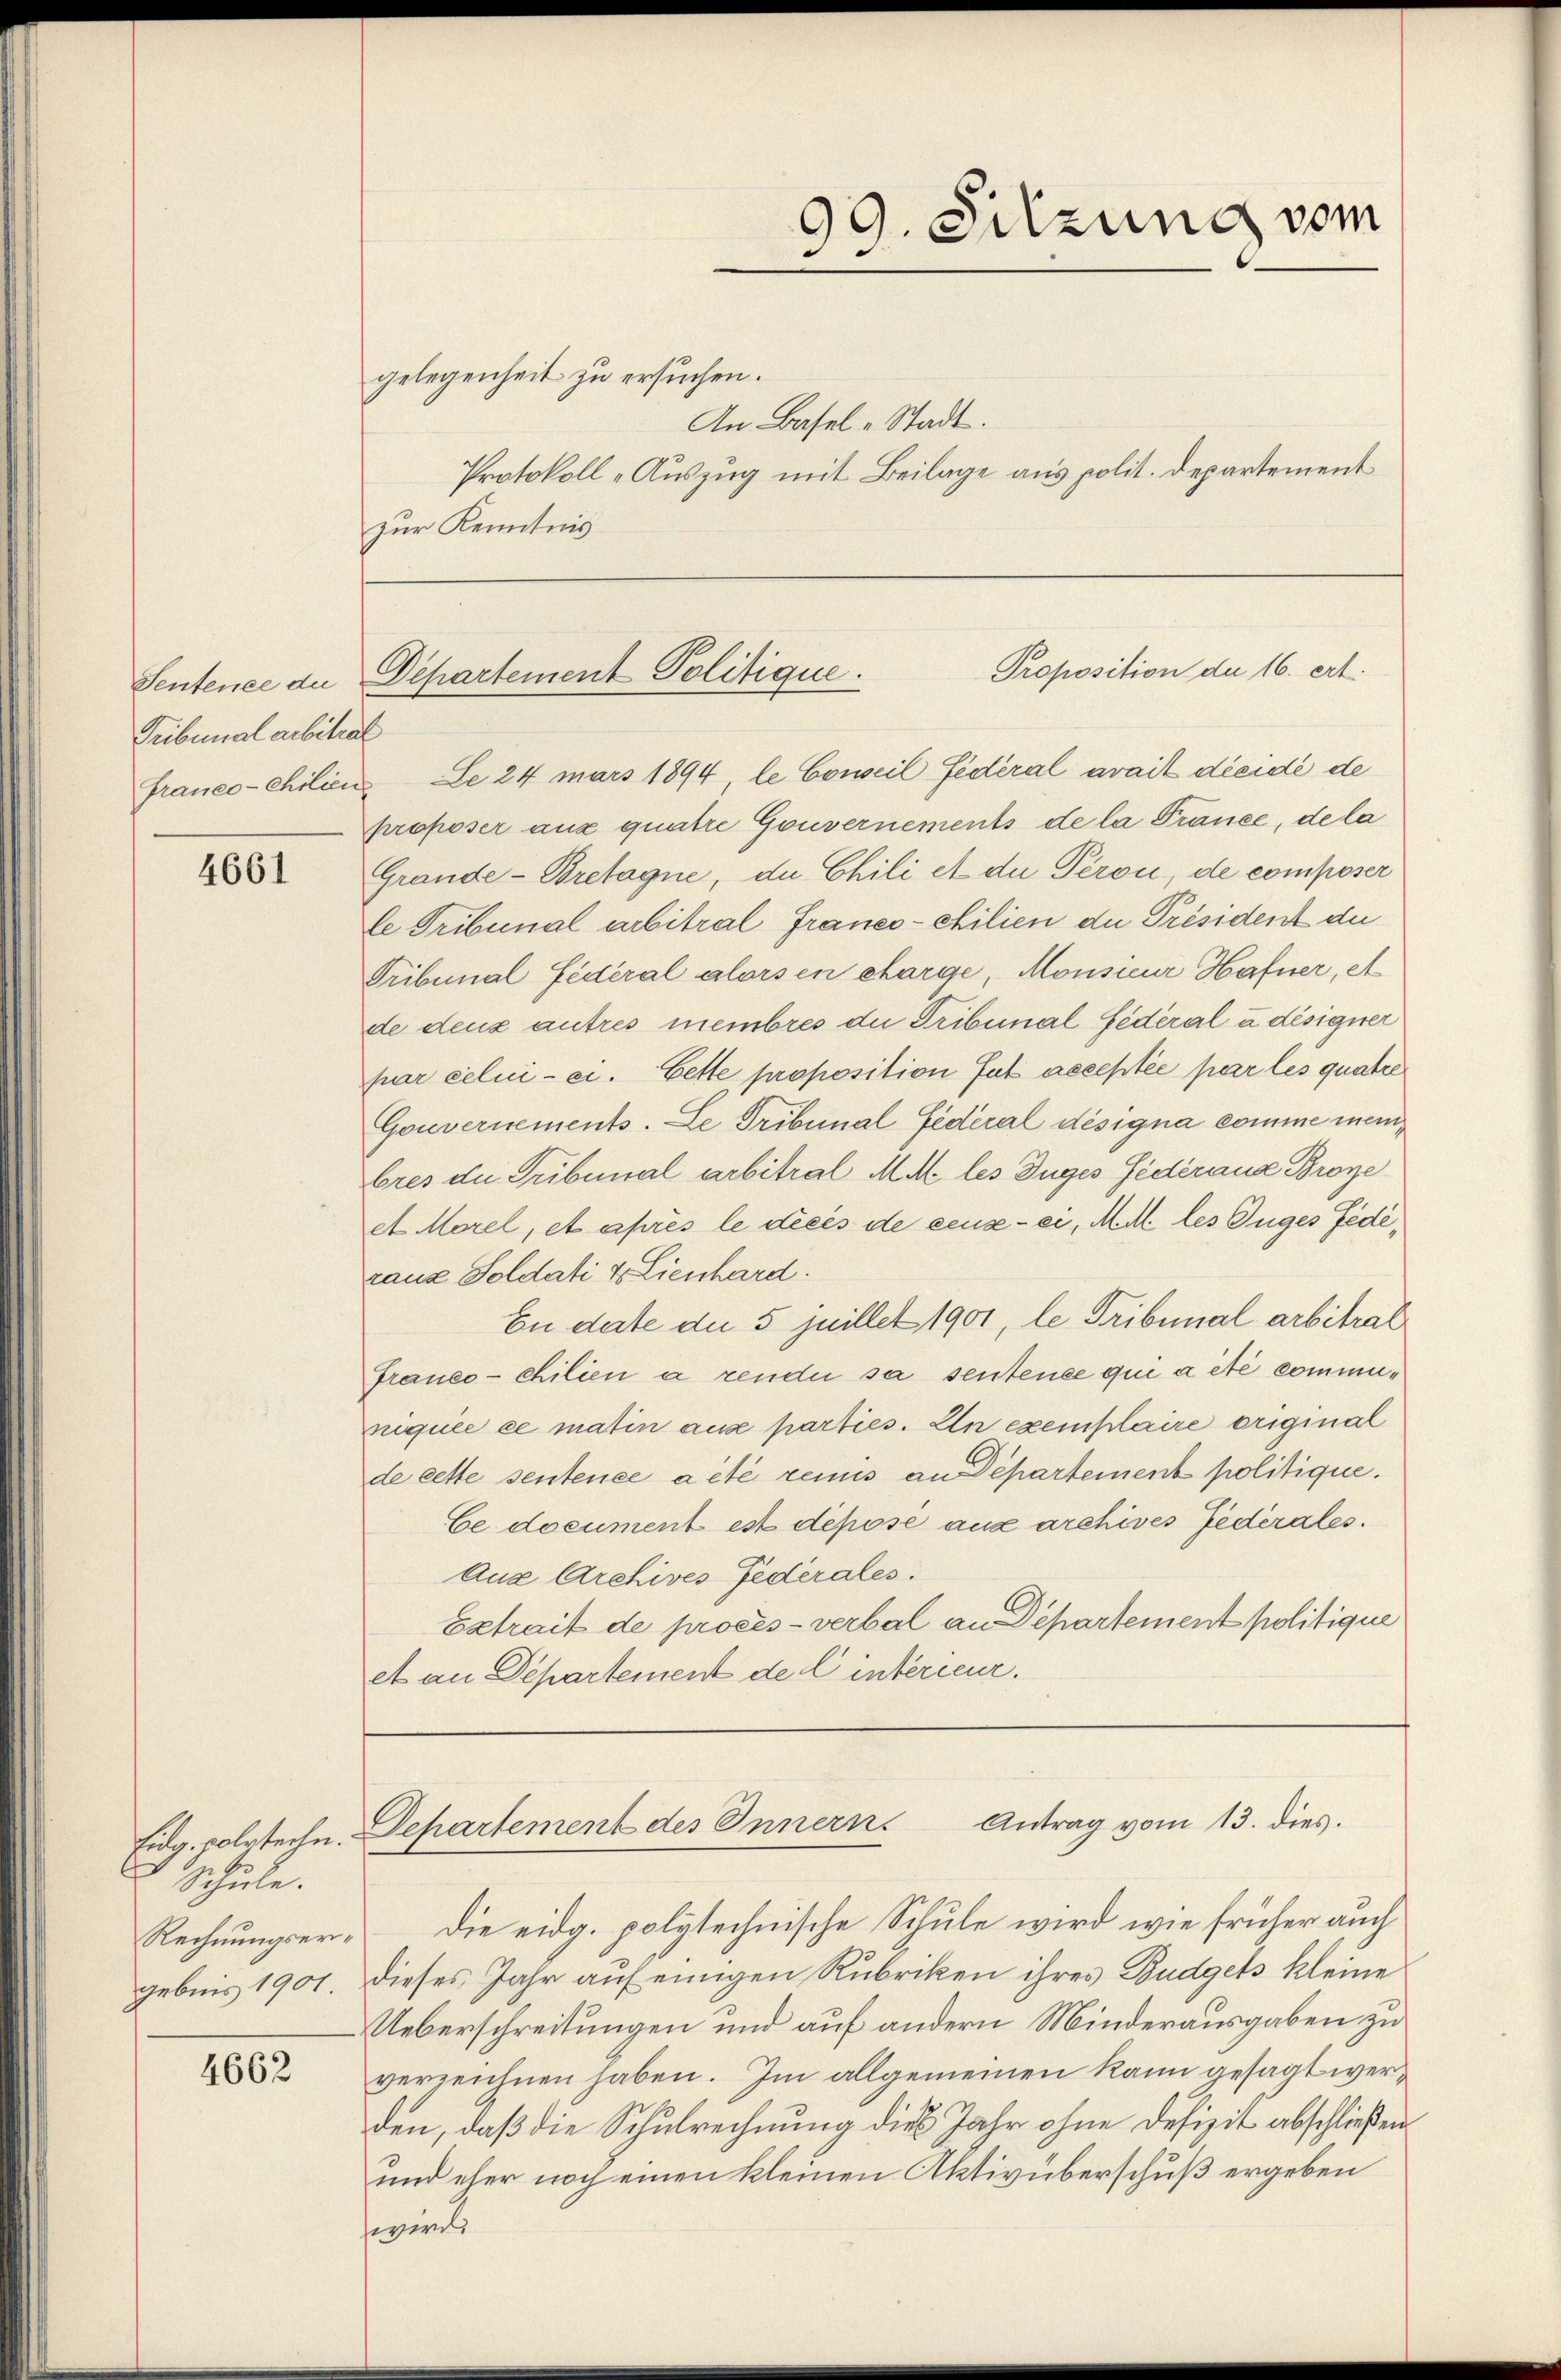
Tribunal arbitrat

4661

Eidg. vollstechn.
 Schule.
Rechnungsergebnis 1901.

4662

gelegenheit zu ersuchen.
An Basel-Stadt.
Protokoll -Auszug mit Beilage aus polit. Departement
zur Kenntnis

franco-chilieu e 24 mars 1894 le Conseil fédéral avait dreide de
proposer aus quatre Gouvernements de la France, de la
Grande-Bretagne, du Chili et die Peron, de composer
le Tribunal arbitral Franco-chilien du Président der
Tribunal fédéral alors en charge, Monsieur Hafner, A
de deux autres membres die Tribunal Federal a désigner
fur celui-ci. Cette proposition fut acceptée par les quatre
Gouvernements. Le Tribunal Federal désigna comme meinbres die Tribunal arbitral MM les Zuges Federaus Broye
et Morel, et après le dreis de ceuse-ci, M. M. les Zuges Federanz Soldati & Lienhard.
En date die 5 juillet 1901, le Tribunal arbitral
franco-chilien a rendu sa sentence qui a été communiquée ce matin ause parties. In exemplaire original
de cette sentence a été remuis an Departement politique.
Ce document est depose aux archives Federales.
Aux Archives Federales.
Extrait de procès-verbal an Departement politique
et an Departement de C intérieur.

99. Sitzung vom
2
-

Proposition de 16. ert
Sentence de Departement Politique.

Departement des Innern. Antrag vom 13. dies

Die eidg. polytechnische Schule wird wie früher auch
dieses Jahr auf einigen Rubriken ihres Budgets kleine
Ueberschreitungen und auf andern Minderausgaben zu
verzeichnen haben. Im allgemeinen kann gesagt werden, daß die Schulrechnung dies Jahr ohne Defizit abschließen
und eher noch einen kleinen Aktivüberschuß ergeben
wird,